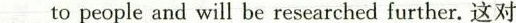
___ to people and will be researched further. 这对